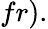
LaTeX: fr).